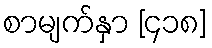
စာမျက်နှာ [၄၁၈]